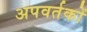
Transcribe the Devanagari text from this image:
अपवर्तकों